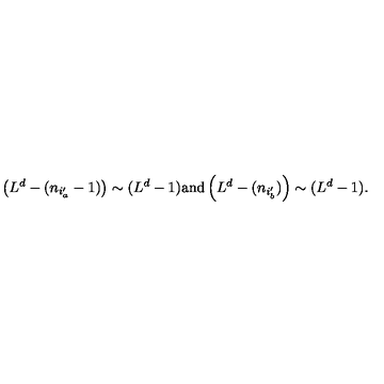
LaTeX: \left( L ^ { d } - ( n _ { i _ { a } ^ { \prime } } - 1 ) \right) \sim ( L ^ { d } - 1 ) \mathrm { a n d } \left( L ^ { d } - ( n _ { i _ { b } ^ { \prime } } ) \right) \sim ( L ^ { d } - 1 ) .